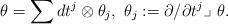
LaTeX: \begin{align*}\theta=\sum dt^j\otimes \theta_j, \ \theta_j:= \partial/\partial t^j \lrcorner~ \theta.\end{align*}